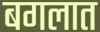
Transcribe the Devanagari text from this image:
बगलात